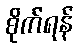
စိုက်ရန်